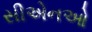
સીએનઓ